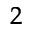
^ 2